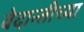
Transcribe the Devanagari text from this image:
वेदान्तीच्या